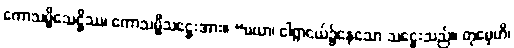
ကောသမ္ဗိသေဋ္ဌိဿ၊ ကောသမ္ဗီသဋ္ဌေးအား။ “မယာ၊ ငါရွာငယ်၌နေသော သဋ္ဌေးသည်။ တုမှေဟိ၊